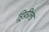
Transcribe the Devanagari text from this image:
ड्रिफ़ील्ड